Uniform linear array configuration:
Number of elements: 16
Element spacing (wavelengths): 1
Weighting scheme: exponential
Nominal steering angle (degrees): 30
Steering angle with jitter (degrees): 29.284
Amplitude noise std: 0.05
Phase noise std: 0.05

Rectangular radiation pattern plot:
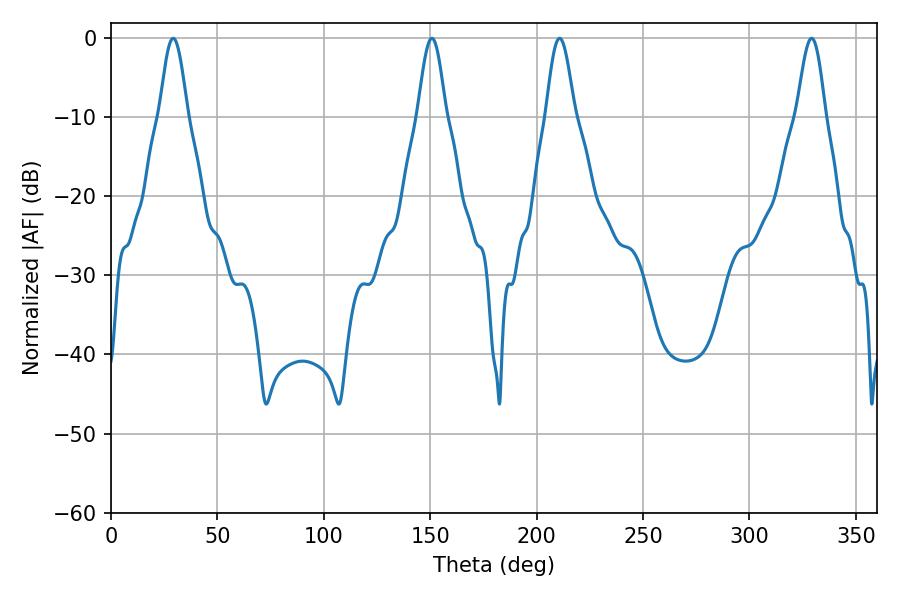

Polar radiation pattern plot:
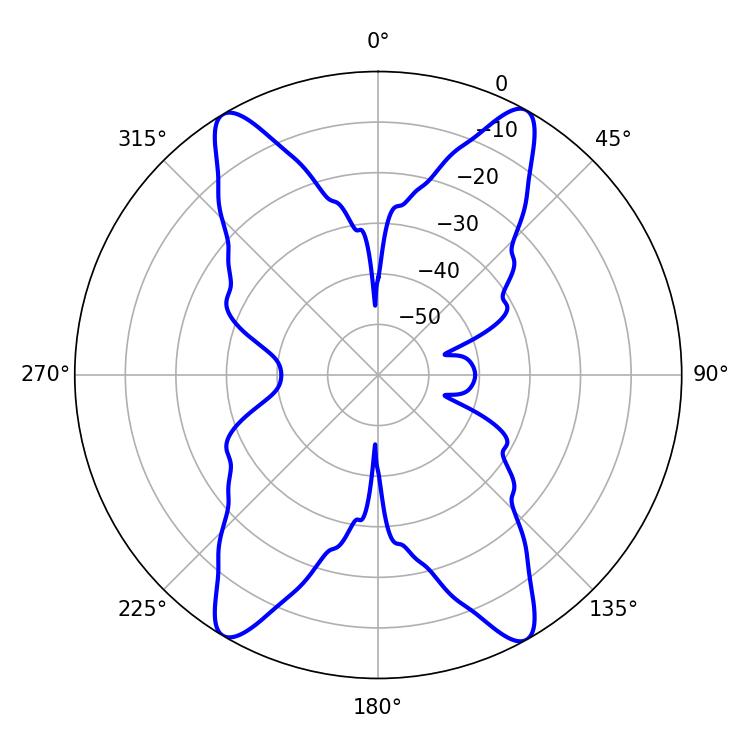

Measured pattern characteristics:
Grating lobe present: TRUE
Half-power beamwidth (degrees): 7.02
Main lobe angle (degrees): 210.78